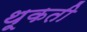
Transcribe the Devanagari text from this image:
थूकती